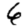
Digit: 6